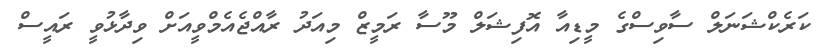
ކަރެކްޝަނަލް ސާވިސްގެ މީޑިއާ އޮފިޝަލް މޫސާ ރަމީޒް މިއަދު ރާއްޖެއެމްވީއަށް ވިދާޅުވީ ރައީސް